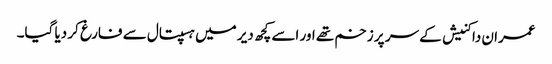
عمران داکنیش کے سر پر زخم تھے اور اسے کچھ دیر میں ہسپتال سے فارغ کر دیا گیا۔